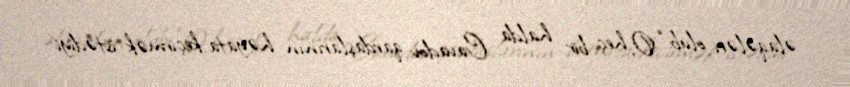
əlaqələri olub: “O, heç bir halda Cavadov qardaşlarının həyata keçirmək istədiyi